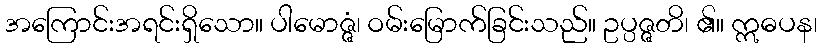
အကြောင်းအရင်းရှိသော။ ပါမောဇ္ဇံ၊ ဝမ်းမြောက်ခြင်းသည်။ ဥပ္ပဇ္ဇတိ၊ ၏။ ဣဓပန၊